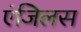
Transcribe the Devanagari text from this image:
एंजिलस